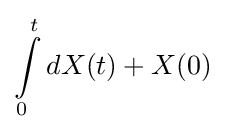
\int \limits _{0}^{t}dX(t)+X(0)